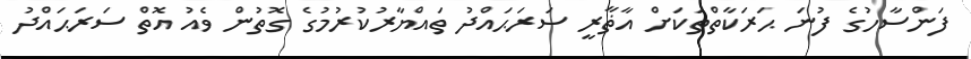
ފަންސާހުގެ ފުނަ ޙަރަކާތްތަކަށް އާޡާރީ ސަރަޙައްދު ތައްޔާރުކުރުމުގެ ގޮތުން ވެއު އޮތް ސަރަޙައްދު